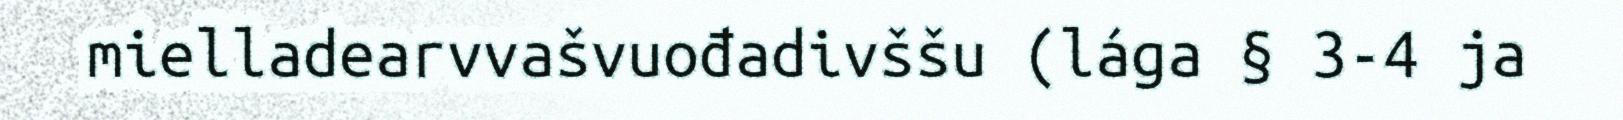
mielladearvvašvuođadivššu (lága § 3-4 ja